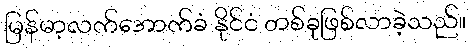
မြန်မာ့လက်အောက်ခံ နိုင်ငံ တစ်ခုဖြစ်လာခဲ့သည်။